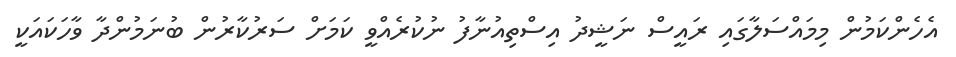
އެހެންކަމުން މިމައްސަލާގައި ރައީސް ނަޝީދު އިސްތިއުނާފު ނުކުރެއްވީ ކަމަށް ސަރުކާރުން ބުނަމުންދާ ވާހަކައަކީ